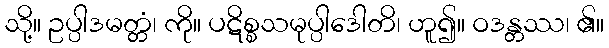
သို့။ ဥပ္ပါဒမတ္တံ၊ ကို။ ပဋိစ္စသမုပ္ပါဒေါတိ၊ ဟူ၍။ ဝဒန္တဿ၊ ၏။